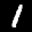
Label: 1